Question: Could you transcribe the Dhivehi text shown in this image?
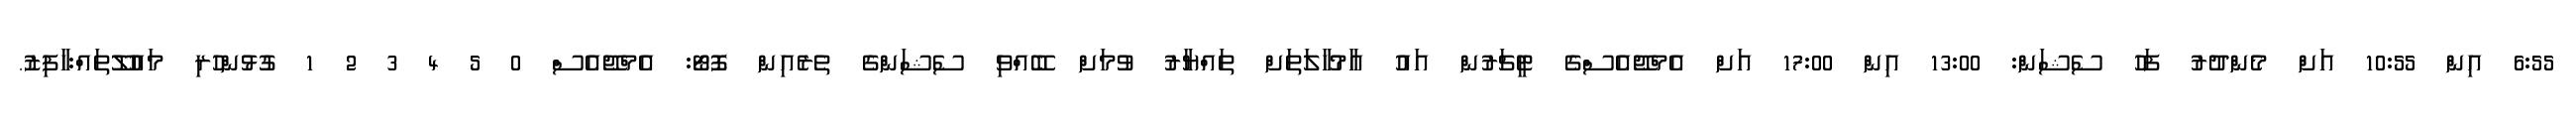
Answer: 6:55 އިން 10:55 އަށް މެންދުރު ފަހު ސެޝަން: 13:00 އިން 17:00 އަށް އެމްޖޭއެސްގެ ޓީޗަރުން އައު އާމުހާލަތަށް ތައްޔާރު ވުމަށް ބޭއްވި ސެޝަންގެ ތެރެއިން ފޮޓޯ: އެމްޖޭއެސް 0 5 4 3 2 1 ގުޅުންހުރި މައުލޫތައް:ހާފިޒު.